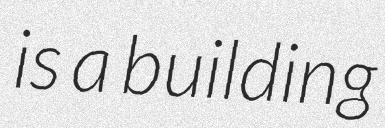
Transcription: is a building